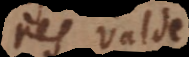
res valde